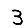
Digit: 3